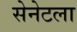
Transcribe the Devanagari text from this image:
सेनेटला